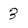
Character: 3